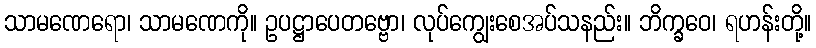
သာမဏေရော၊ သာမဏေကို။ ဥပဋ္ဌာပေတဗ္ဗော၊ လုပ်ကျွေးစေအပ်သနည်း။ ဘိက္ခဝေ၊ ရဟန်းတို့။